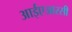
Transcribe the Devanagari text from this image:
आईएआरसी